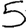
Digit: 5